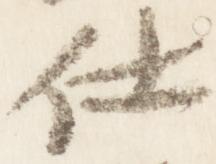
仕